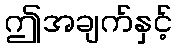
ဤအချက်နှင့်